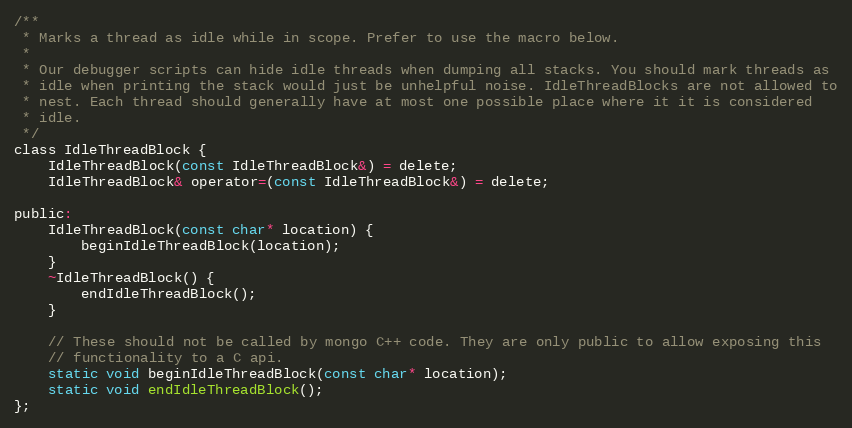
Language: C
/**
 * Marks a thread as idle while in scope. Prefer to use the macro below.
 *
 * Our debugger scripts can hide idle threads when dumping all stacks. You should mark threads as
 * idle when printing the stack would just be unhelpful noise. IdleThreadBlocks are not allowed to
 * nest. Each thread should generally have at most one possible place where it it is considered
 * idle.
 */
class IdleThreadBlock {
    IdleThreadBlock(const IdleThreadBlock&) = delete;
    IdleThreadBlock& operator=(const IdleThreadBlock&) = delete;

public:
    IdleThreadBlock(const char* location) {
        beginIdleThreadBlock(location);
    }
    ~IdleThreadBlock() {
        endIdleThreadBlock();
    }

    // These should not be called by mongo C++ code. They are only public to allow exposing this
    // functionality to a C api.
    static void beginIdleThreadBlock(const char* location);
    static void endIdleThreadBlock();
};